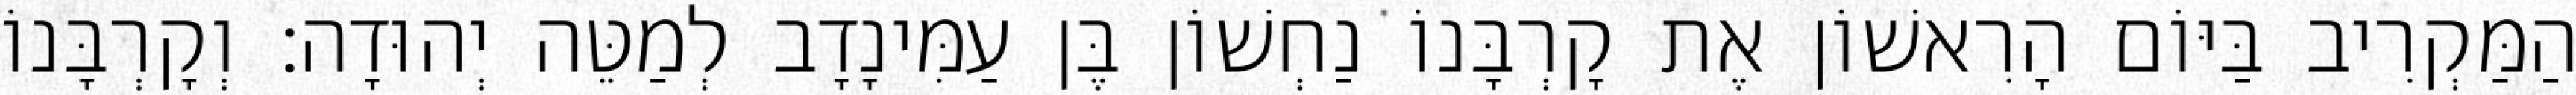
הַמַּקְרִיב בַּיּוֹם הָרִאשׁוֹן אֶת קָרְבָּנוֹ נַחְשׁוֹן בֶּן עַמִּינָדָב לְמַטֵּה יְהוּדָה׃ וְקָרְבָּנוֹ